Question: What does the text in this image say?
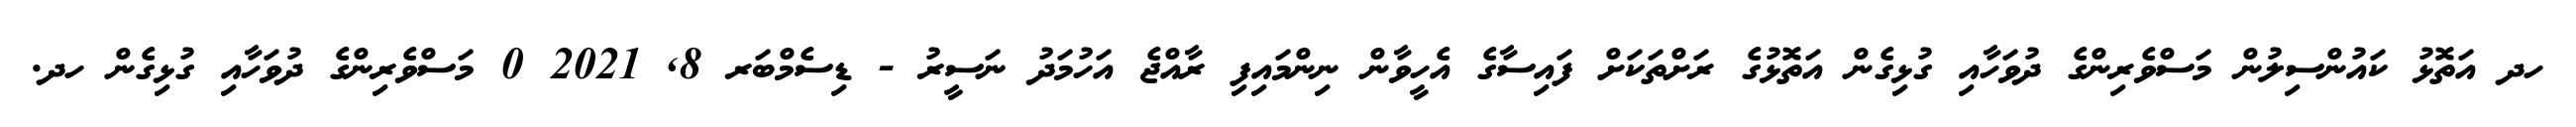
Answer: ހދ އަތޮޅު ކައުންސިލުން މަސްވެރިންގެ ދުވަހާއި ގުޅިގެން އަތޮޅުގެ ރަށްތަކަށް ފައިސާގެ އެހީވާން ނިންމައިފި ރާއްޖެ އަހުމަދު ނަސީރު - ޑިސެމްބަރ 8, 2021 0 މަސްވެރިންގެ ދުވަހާއި ގުޅިގެން ހދ.